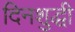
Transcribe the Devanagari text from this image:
दिनशुद्धी